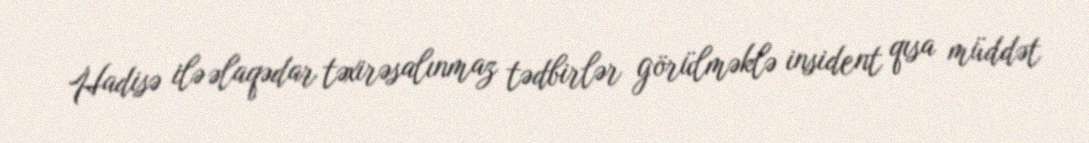
Hadisə ilə əlaqədar təxirəsalınmaz tədbirlər görülməklə insident qısa müddət